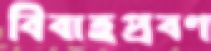
বিবাহপ্রবণ